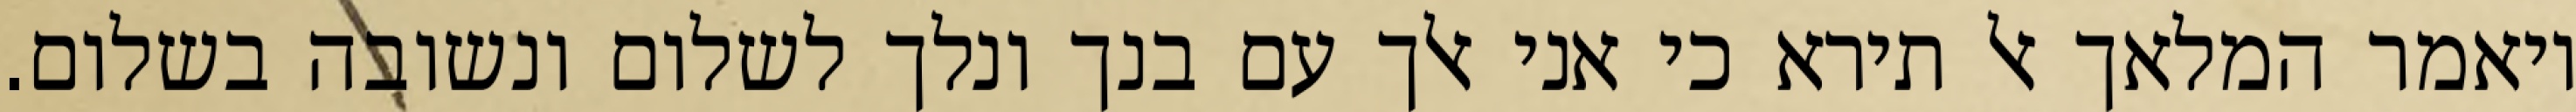
ויאמר המלאך אל תירא כי אני אלך עם בנך ונלך לשלום ונשובה בשלום.